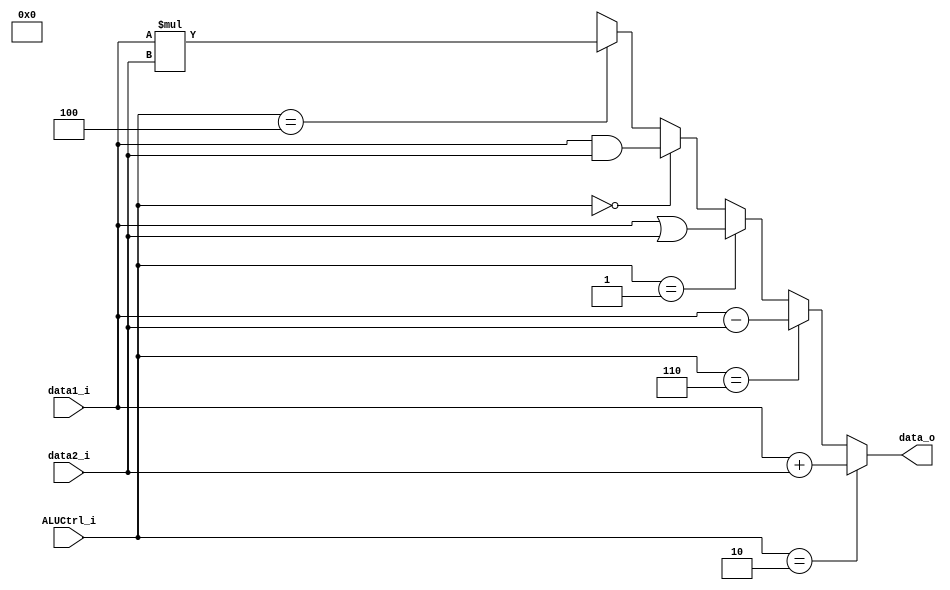
module ALU
(
	data1_i,
	data2_i,
	ALUCtrl_i,
	data_o
);

input	[31:0]		data1_i;
input	[31:0]		data2_i;
output	[31:0]		data_o;
input 	[2:0]		ALUCtrl_i;

assign	data_o		=	(ALUCtrl_i == 3'b010) ? data1_i + data2_i :
						(ALUCtrl_i == 3'b110) ? data1_i - data2_i :
						(ALUCtrl_i == 3'b001) ? data1_i | data2_i :
						(ALUCtrl_i == 3'b000) ? data1_i & data2_i :
						(ALUCtrl_i == 3'b100) ? data1_i * data2_i :
						3'bx;


endmodule